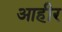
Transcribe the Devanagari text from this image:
आहीर